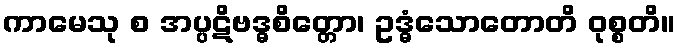
ကာမေသု စ အပ္ပဋိဗဒ္ဓစိတ္တော၊ ဥဒ္ဓံသောတောတိ ဝုစ္စတိ။